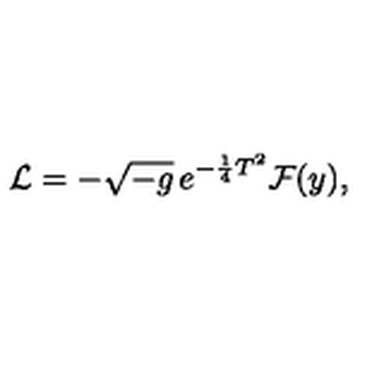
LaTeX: { \cal L } = - \sqrt { - g } \thinspace e ^ { - \frac { 1 } { 4 } T ^ { 2 } } { \cal F } ( y ) ,